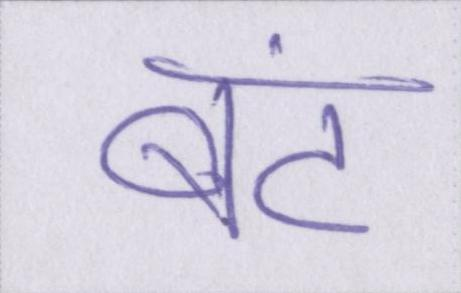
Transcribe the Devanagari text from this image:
बंट